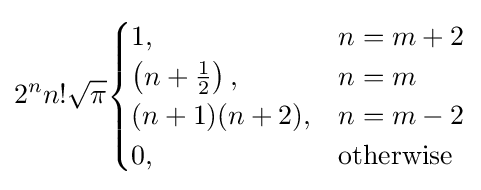
2^{n}n!{\sqrt {\pi }}{\begin{cases}1,&n=m+2\\\left(n+{\frac {1}{2}}\right),&n=m\\(n+1)(n+2),&n=m-2\\0,&{\text{otherwise}}\end{cases}}